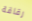
رقاقة